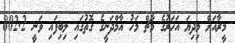
މީރާއަށް މިދިޔަ އަހަރުގެ މާޗް މަހު އާމްދަނީގެ ގޮތުގައި ލިބިފައި ވަނީ 802.2